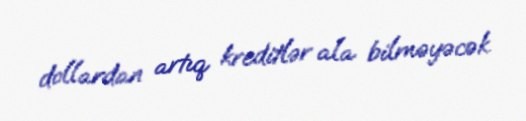
dollardan artıq kreditlər ala bilməyəcək.